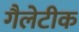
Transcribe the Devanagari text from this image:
गैलेटीक